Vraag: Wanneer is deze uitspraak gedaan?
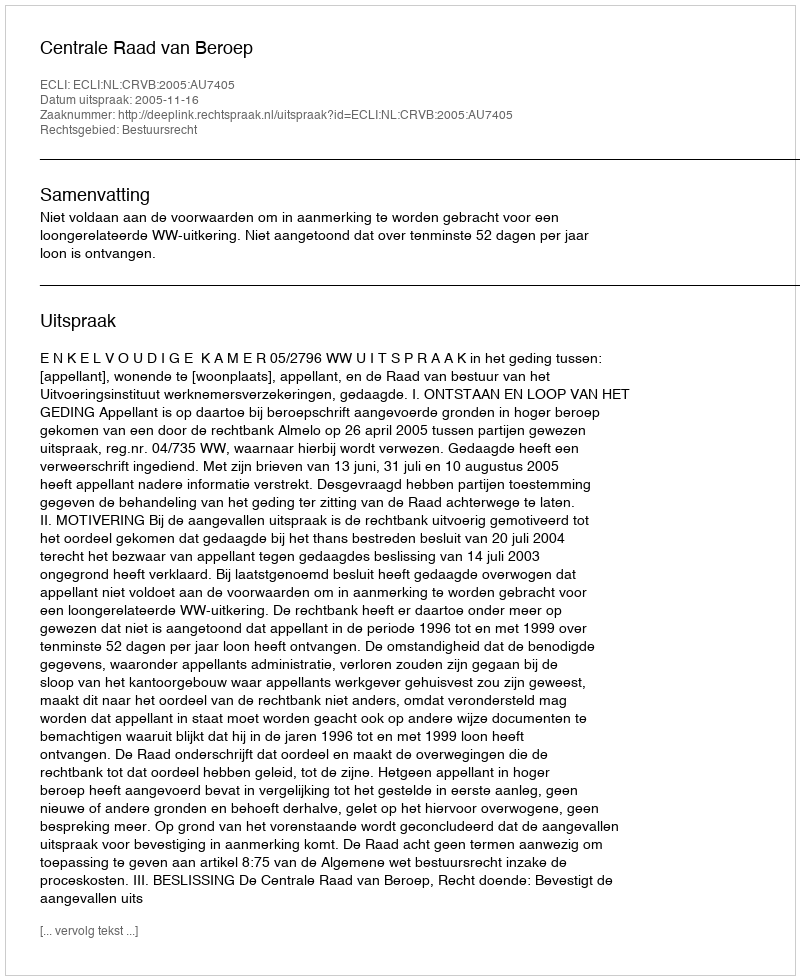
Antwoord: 2005-11-16